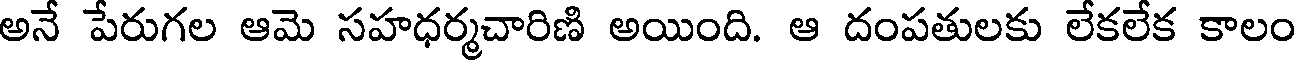
అనే పేరుగల ఆమె సహధర్మచారిణి అయింది. ఆ దంపతులకు లేకలేక కాలం